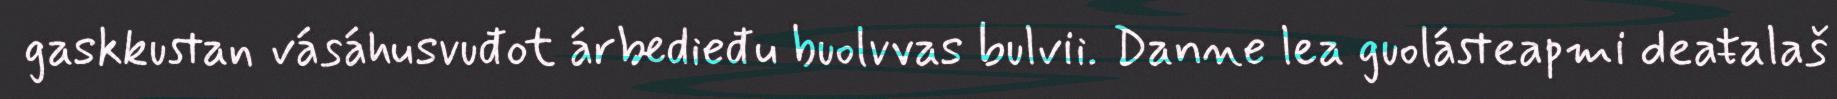
gaskkustan vásáhusvuđot árbedieđu buolvvas bulvii. Danne lea guolásteapmi deaŧalaš